Vital statistics of India. Vol. IV, Annual returns from 1871 to 1876. British Army of India, Native Army and jails of Bengal
Year: 1871
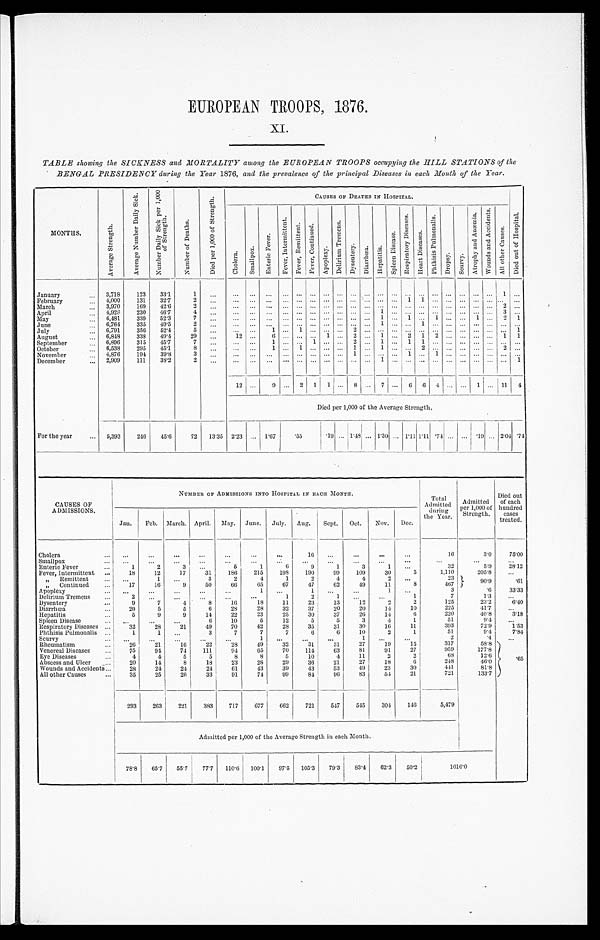
EUROPEAN TROOPS, 1876.
XI.
TABLE showing the SICKNESS and MORTALITY among the EUROPEAN TROOPS occupying the HILL STATIONS of the
BENGAL PRESIDENCY during the Year 1876, and the prevalence of the principal Diseases in each Month of the Year.
MONTHS.
A v e r a g e S t r e n g t h .
A v e r a g e N u m b e r D a i l y S i c k .
N u m b e r D a i l y S i c k p e r 1 , 0 0 0 o f S t r e n g t h .
N u m b e r o f D e a t h s .
D i e d p e r 1 , 0 0 0 o f S t e r n g t h .
CAUSES OF DEATHS IN HOSPITAL.
D i e d o u t o f H o s p i t a l .
C h o l e r a .
S m a l l p o x .
E n t e r i c F e v e r .
F e v e r , I n t e r m i t t e n t . F e v e r , R e m i t t e n t .
F e v e r , C o n t i n u e d .
A p o p l e x y . D e l i r i u m T r e m e n s . D y s e n t e r y .
D i a r r h œ a . He p a t i t i s .
S p l e e n D i s e a s e s .
R e s p i r a t o r y D i s e a s e s . H e a r t D i s e a s e s .
P h t h i s i s p u l m o n a l i s .
D r o p s y . S c u r v y .
A t r o p h y a n d A n æ m i a .
W o u n d s a n d A c c i d e n t s .
A l l o t h e r c a u s e s .
January
... 3,718
123
33.1
1
...
... ... ... ... ... ... ...
. . . . . . . . .
... ... ...
...
... ... ... ...
...
1
. . .
February
. . . 4,000
131
32.7
2
...
. . . ... ... ... ...
. . .
. . . . . .
. . . . . . ...
. . . 1 1
. . . . . . . . . ... ...
... . . .
March
... 3,970
169
42.6
2
...
. . .
. . .
. . . ... ...
. . .
. . . . . . . . . . . . ...
. . . . . . ...
. . .
. . . ... ... ... 2
. . .
April
. . . 4,928
230
46.7
4
... ...
. . . ... ... ...
. . .
. . . . . .
. . . . . . 1
. . . . . . ...
. . . . . . . . . ... ...
3
. . .
May
... 6,481
339
52.3
7
... ... ... ... ... ...
. . . . . . . . .
. . . . . .1
. . .
1 ...
1
. . . . . .
1 ...
2
1
June
...
6, 764
335
49.5
2
... ... ... ... ... ... ...
. . . . . .
. . . . . . 1
. . . . . . 1
. . .
. . . . . .
... ...
... . . .
July
. . .
6, 791
356
52.4
5
... ... ...
1 ...
1
. . .
... . . . 2
. . .
...
. . . ...
. . . . . .
. . . . . .
... ...
... 1
August
... 6,848
338
49.4
29
. . . 12 ... 6
...
. . . . . . 1 . . . 2
. . .
1
. . . 2
1 2
. . . . . .
... ...
1
1
September
. . .
6, 896
315
45.7
7
... ... ...
1 ...
. . . 1
. . . . . . 2
. . . 1
. . . 1 1
. . .
. . . . . .
... ...
... . . .
October
. . . 6,538
295
45.1
8
... ... ... 1
...
1 . . . . . . . . . 1
. . .
1
. . . ...
2 . . .
. . . . . .
... ...
2
. . .
November
... 4,876
194 39.8
3
... ... ... ... ... ... ... ... ... 1
. . .
...
. . . 1
. . . 1
. . . . . .
... ...
... . . .
December
. . . 2,909
111
38.2
2
...
...
. . . ...
... ... ... ... ... ... ... 1
. . . ...
. . .
. . . ... ... ... ... ... 1
12
. . . 9 ... 2 1 1 ... 8 ... 7 ... 6 6 4 ... ... 1 ... 11 4
Died per 1,000 of the Average Strength.
For the year
... 5,393
246
45.6
72 13.35 2.23 ... 1.67
.55
.19 ... 1.48 ... 1.30 ... 1.11 1.ll .74 ... ... .19 ... 2.04 .74
CAUSES OF
ADMISSIONS.
NUMBER OF ADMISSIONS INTO HOSPITAL IN EACH MONTH.
Total
Admitted
during
the Year .
Admitted
Per 1,000 of
Strength.
Died out
of each
hundred
cases
treated.
Jan.
Feb. March. April. May. June. July. Aug.
Sept. Oct.
Nov. Dec.
Cholera
...
. . .
...
...
. . .
...
...
. . .
16
...
...
...
...
16
3.0
75.00
Smallpox
. . .
. . .
. . . ...
...
...
...
. . . ...
...
...
. . .
...
. . .
. . .
...
Enteric Fever
. . .
1
2
3
. . .
5
1
6
9
1
3
1
. . .
32
5.9
28.12
Fever, Intermittent ...
18
12
17
31
186
215
198
190
99
109
30
5
1,110
205.8
...
„ Remittent
...
. . .
1
...
3
2
4
1
2
4
4
2
. . .
23
90.9
.61
„ Continued
...
17
16
9
50
66
65
67
47
62
49
11
8
467
Apoplexy
...
...
...
...
. ..
...
1
. . .
1
. . . ...
1
...
3
.6
33.33
Delirium Tremens
. . .
2
. . .
...
...
. ..
...
1
2
1
...
...
1
7
1.3
...
Dysentery
...
9
7
4
8
16
18
11
23
13
12
2
2
125
23.2
6.40
Diarrhœa
...
20
5
5
6
28
28
32
37
20
20
14
10
225
41.7
...
Hepatitis
...
5
9
9
14
22
23
25
30
37
26
14
6
220
40.8
3.18
Spleen Disease
... ...
...
...
6
10
6
12
5
5
3
4
1
51
9.4
. . .
Respiratory Diseases ...
32
28
21
49
70
42
28
35
31
30
16
11
393
72.9
1.53
Phthisis Pulmonalis ...
1
1
. . .
3
7
7
7
6
6
10
2
1
51
9.4
7.84
Scurvy
. . .
. . . ...
. . . ...
...
1
...
. . .
...
1
...
. ..
2
.4
. . .
Rheumatism
...
26
21
16
22
28
49
32
31
31
27
19
15
317
58.8
.65
Venereal Diseases
...
75
94
74
111
94
65
70
114
63
81
91
27
959
177.8
Eye Diseases
...
4
4
5
5
8
8
5
10
4
11
2
2
68
12.6
Abscess and Ulcer ...
20
14
8
18
23
28
29
36
21
27
18
6
248
46.0
Wounds and Accidents... . . .
28
24
24
24
61
43
39
43
53
49
23
30
441
81.8
All other Causes
...
35
25
26
3 3
91
74
99
84
96
83
54
21
721
133.7
293
263
221
383
717
677
662
721
547
545
304
146
5,479
Admitted per 1,000 of the Average Strength in each Month.
78.8 65.7
55.7
77.7 110.6 100.1 97.5 105.3
79.3 83.4 62.3 50.2
1 0 1 6 . 0